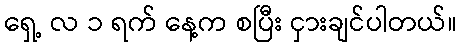
ရှေ့ လ ၁ ရက် နေ့က စပြီး ငှားချင်ပါတယ်။